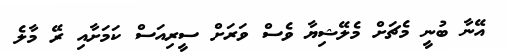
އޭނާ ބުނީ މެޗަށް މެލޭޝިޔާ ވެސް ވަރަށް ސީރިއަސް ކަމަށާއި ރޭ މާލެ